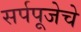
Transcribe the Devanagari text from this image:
सर्पपूजेचे